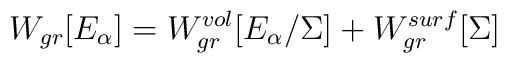
W_{gr}[ E_\alpha ]=W_{gr}^{vol}[E_\alpha /  \Sigma ]+W^{surf}_{gr} [\Sigma]